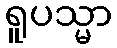
ရူပသ္မာ